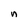
Character: n